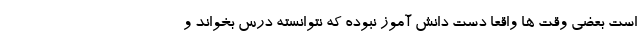
است بعضی وقت ها واقعا دست دانش آموز نبوده که نتوانسته درس بخواند و